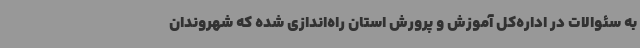
به سئوالات در اداره‌کل آموزش و پرورش استان راه‌اندازی شده که شهروندان